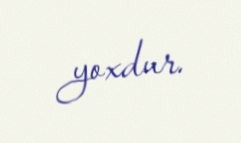
yoxdur.